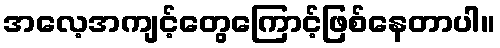
အလေ့အကျင့်တွေကြောင့်ဖြစ်နေတာပါ။